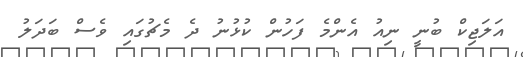
އަލަޖިކް ބުނީ ނިއު އެންމެ ފަހުން ކުޅުނު ދެ މެޗުގައި ވެސް ބަދަލު